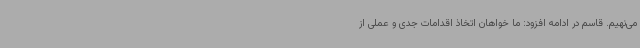
می‌نهیم. قاسم در ادامه افزود: ما خواهان اتخاذ اقدامات جدی و عملی از